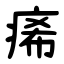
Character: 㾙